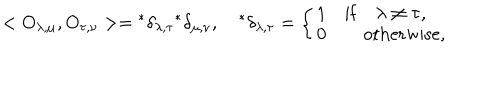
< O _ { \lambda , \mu } , O _ { \tau , \nu } > = { } ^ { * } \delta _ { \lambda , \tau } { } ^ { * } \delta _ { \mu , \nu } , \quad { } ^ { * } \delta _ { \lambda , \tau } = \left\{ \left\{ \begin{cases} { { 1 \quad \mathrm { i f \quad { \ l a m b d a \neq \ t a u } , } } } \\ { { 0 \qquad \mathrm { o t h e r w i s e , } } } \\ \end{cases} \right. \right.